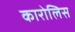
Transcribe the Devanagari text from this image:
कारोलिस